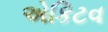
એકિટવ